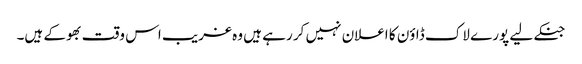
جنکے لیے پورے لاک ڈاؤن کا اعلان نہیں کر رہے ہیں وہ غریب اس وقت بھوکے ہیں۔